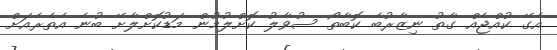
އެގޭ ކުއްޖެއް ގާތު ނިޒާރުބެ ކޮބާތޯ ސުވާލު ކޮށްލުމުން މަޑުކޮށްލާށޭ ބުނެ އެތެރެއަށް